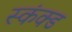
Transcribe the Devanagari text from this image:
स्कंक्ड